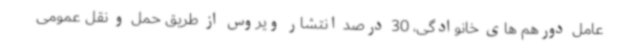
عامل دورهم‌ های خانوادگی، 30 درصد انتشار ویروس از طریق حمل و نقل عمومی